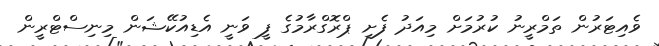
ވެއިޓަރުން ތަމްރީނު ކުރުމަށް މިއަދު ފެށި ޕްރޮގްރާމުގެ ފީ ވަނީ އެޑިއުކޭޝަން މިނިސްޓްރީން